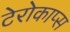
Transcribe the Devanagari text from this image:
टेरोकाप्स